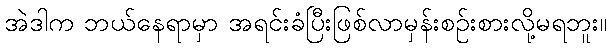
အဲဒါက ဘယ်နေရာမှာ အရင်းခံပြီးဖြစ်လာမှန်းစဉ်းစားလို့မရဘူး။